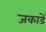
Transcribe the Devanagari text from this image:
जकाडें